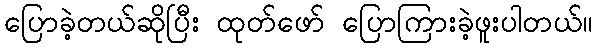
ပြောခဲ့တယ်ဆိုပြီး ထုတ်ဖော် ပြောကြားခဲ့ဖူးပါတယ်။